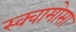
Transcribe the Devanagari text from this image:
स्क्वामोसा